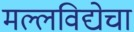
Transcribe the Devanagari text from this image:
मल्लविद्येचा